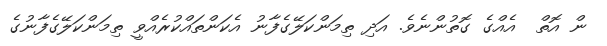
ން އޮތް  އެއްގެ ގޮތުންނެވެ. އަދި ތިމަންކަލޭގެފާނު އެކަންތައްކުރެއްވީ ތިމަންކަލޭގެފާނުގެ